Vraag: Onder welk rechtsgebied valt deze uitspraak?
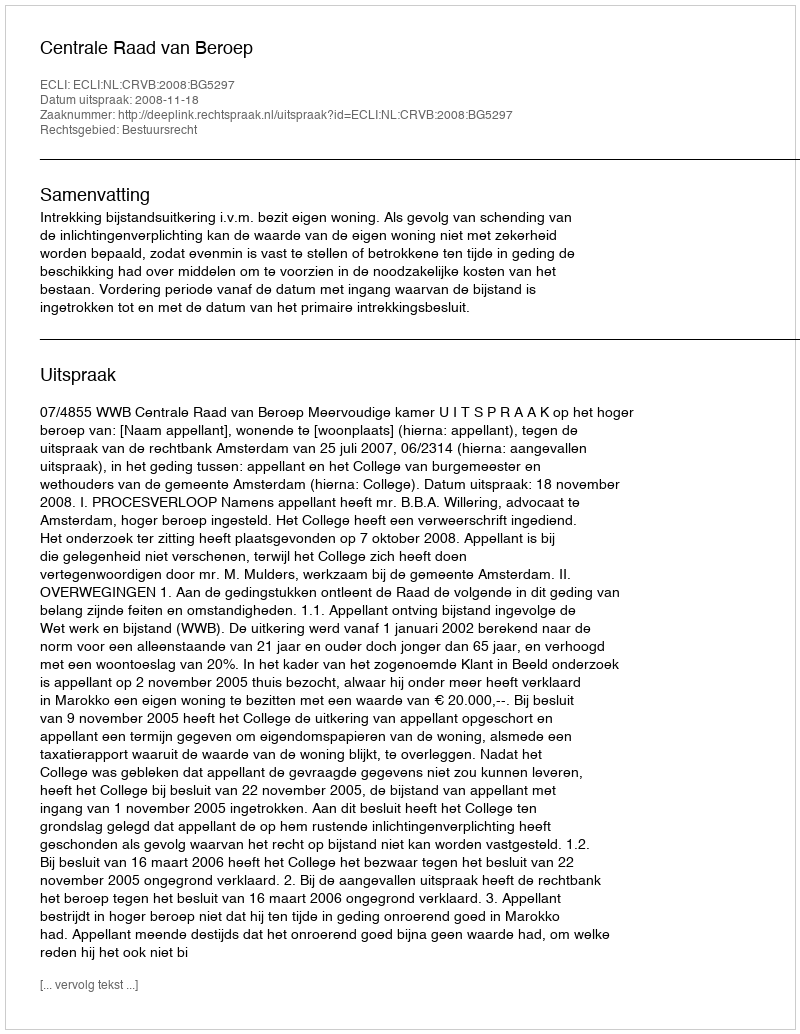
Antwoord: Bestuursrecht